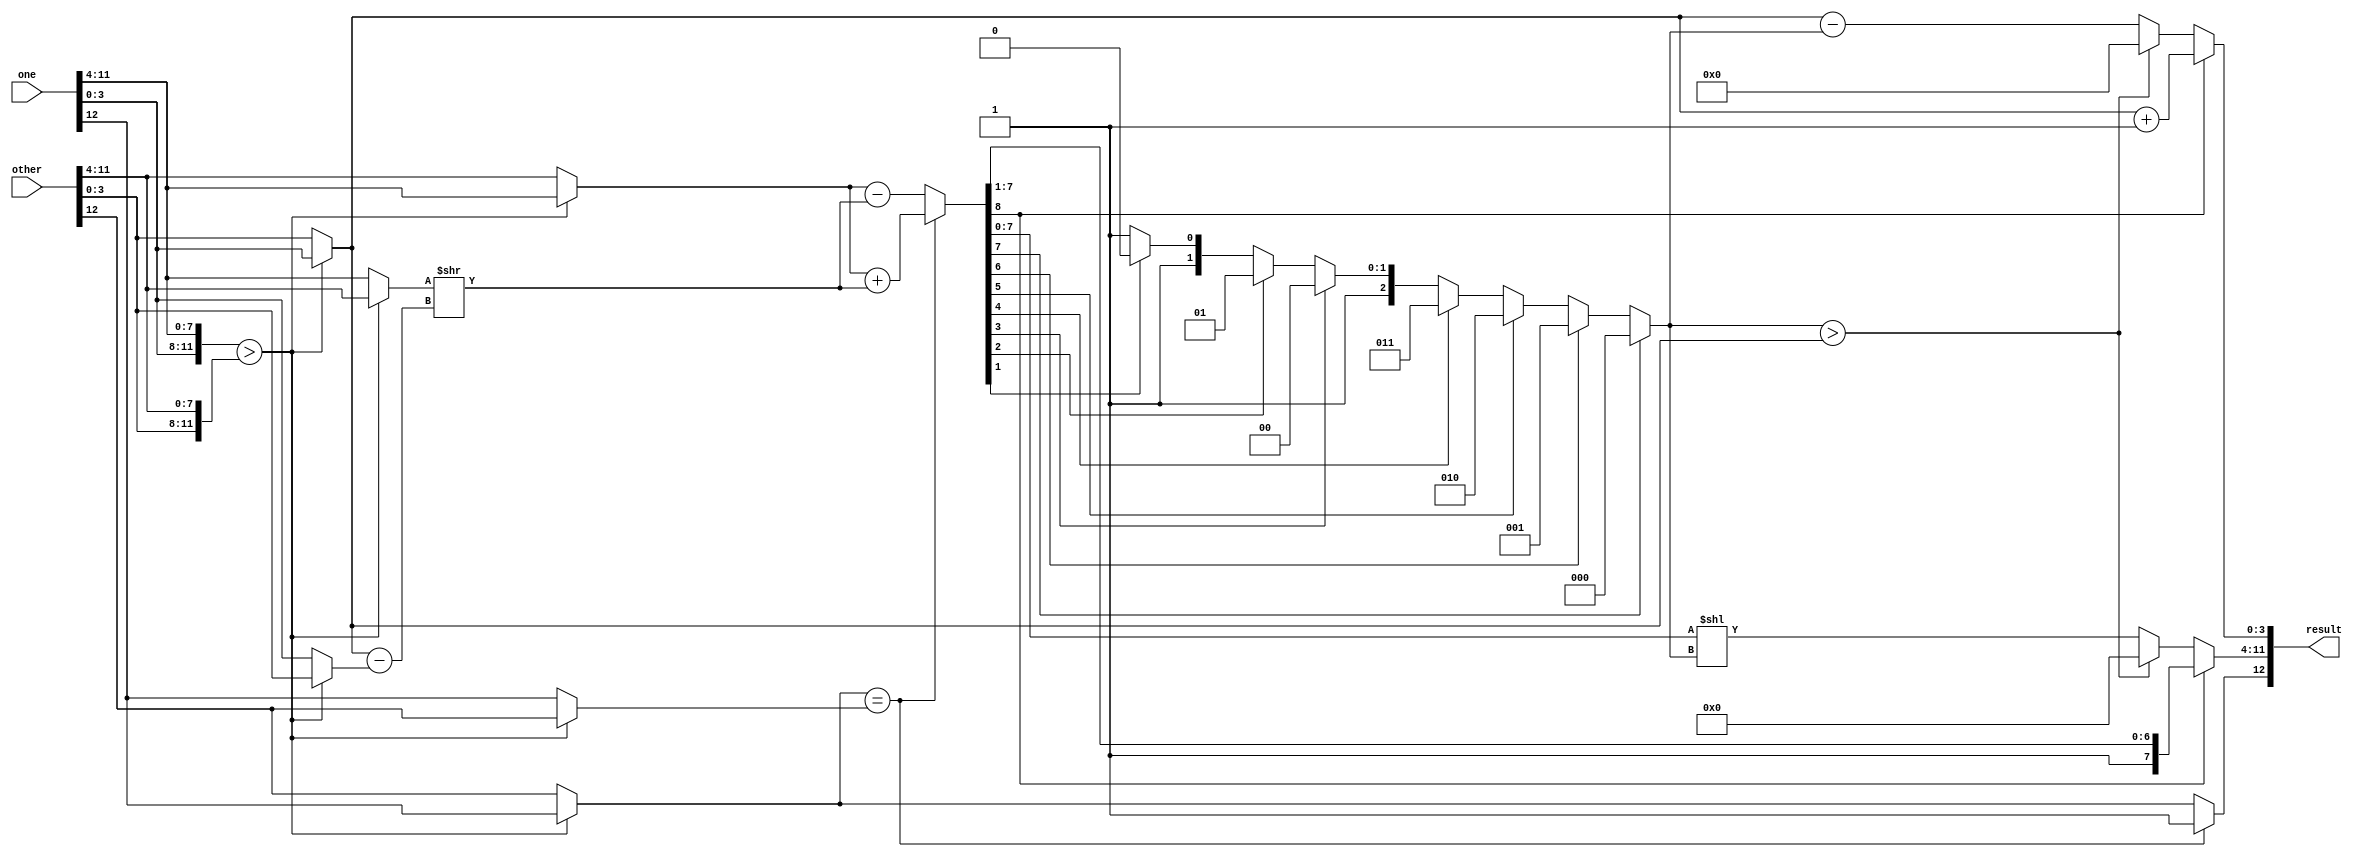
`timescale 1ns / 1ps
//////////////////////////////////////////////////////////////////////////////////
// Company: 
// Engineer: 
// 
// Design Name: 
// Module Name:    flop 
// Project Name: 
// Target Devices: 
// Tool versions: 
// Description: 
//
// Dependencies: 
//
// Revision: 
// Revision 0.01 - File Created
// Additional Comments: 
//
//////////////////////////////////////////////////////////////////////////////////
module flop_add
(
	input wire [12:0] one, other,
	output reg [12:0] result
);

reg signBig, signSmall, signResult;
reg [3:0] expBig, expSmall, expDiff, normalizer, expResult;
reg [7:0] mantBig, mantSmall, mantSmallAligned, mantSumNorm, mantResult;
reg [8:0] mantSum;

always @*
begin
	if ({one[3:0], one[11:4]} > {other[3:0], other[11:4]}) // set exp to most significant for check
	begin
		signBig = one[12];
		signSmall = other[12];
		mantBig = one [11:4];
		mantSmall = other[11:4];
		expBig = one[3:0];
		expSmall = other[3:0];
	end
	else
	begin
		signBig = other[12];
		signSmall = one[12];
		mantBig = other[11:4];
		mantSmall = one[11:4];
		expBig = other[3:0];
		expSmall = one[3:0];
	end

	expDiff = expBig - expSmall;
	mantSmallAligned = mantSmall >> expDiff;

	mantSum = signBig == signSmall ?
				{1'b0, mantBig} + {1'b0, mantSmallAligned}:
				{1'b0, mantBig} - {1'b0, mantSmallAligned};
				
	normalizer = mantSum[7] ? 'o0 :
				 mantSum[6] ? 'o1 :
				 mantSum[5] ? 'o2 :
				 mantSum[4] ? 'o3 :
				 mantSum[3] ? 'o4 :
				 mantSum[2] ? 'o5 :
				 mantSum[1] ? 'o6 :
				 'o7;
				 
	mantSumNorm	= mantSum[7:0] << normalizer;
	
	if(mantSum[8])
	begin
		expResult = expBig + 1;
		mantResult = mantSum[8:1];
	end
	else if (normalizer > expBig)
	begin
		expResult = 0;
		mantResult = 0;
	end
	else
	begin
		expResult = expBig - normalizer;
		mantResult = mantSumNorm;
	end
  
	signResult = signBig == signSmall ? 1 : signBig;

	result = {signResult, mantResult, expResult};
	
end // always @*
// Seite 109

endmodule